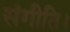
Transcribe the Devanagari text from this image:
संगीति।